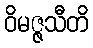
ဝိမဇ္ဇသီတိ